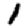
Digit: 1